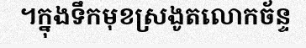
។ក្នុងទឹកមុខស្រងូតលោកច័ន្ទ